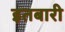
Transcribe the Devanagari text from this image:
इतबारी